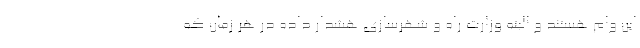
این وام هستند و البته وزارت راه و شهرسازی هشدار داده در هر زمان که